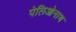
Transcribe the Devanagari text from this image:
पेलिओनाथ